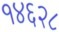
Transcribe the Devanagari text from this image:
१४६२८